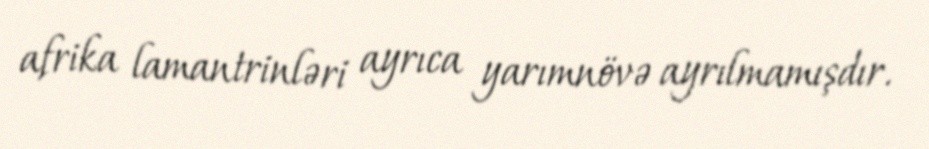
afrika lamantrinləri ayrıca yarımnövə ayrılmamışdır.